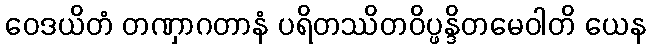
ဝေဒယိတံ တဏှာဂတာနံ ပရိတဿိတဝိပ္ဖန္ဒိတမေဝါတိ ယေန